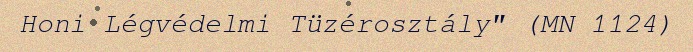
Honi Légvédelmi Tüzérosztály" (MN 1124)